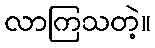
လာကြသတဲ့။